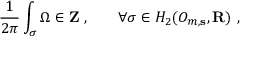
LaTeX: \frac 1 { 2 \pi } \int _ { \sigma } \Omega \in { \bf Z \ , \qquad } \forall \sigma \in H _ { 2 } ( { \cal O } _ { m , { \bf s } } , { \bf R } ) \ ,